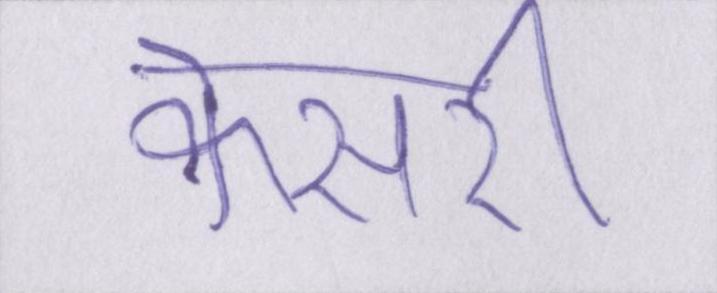
केसरी